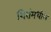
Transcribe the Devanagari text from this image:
शिरांमधील